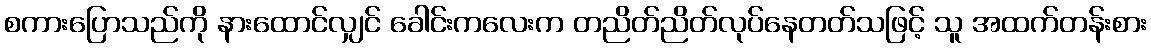
စကားပြောသည်ကို နားထောင်လျှင် ခေါင်းကလေးက တညိတ်ညိတ်လုပ်နေတတ်သဖြင့် သူ အထက်တန်းစား